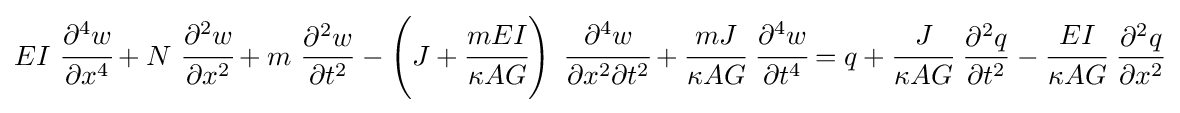
EI~{\cfrac {\partial ^{4}w}{\partial x^{4}}}+N~{\cfrac {\partial ^{2}w}{\partial x^{2}}}+m~{\frac {\partial ^{2}w}{\partial t^{2}}}-\left(J+{\cfrac {mEI}{\kappa AG}}\right)~{\cfrac {\partial ^{4}w}{\partial x^{2}\partial t^{2}}}+{\cfrac {mJ}{\kappa AG}}~{\cfrac {\partial ^{4}w}{\partial t^{4}}}=q+{\cfrac {J}{\kappa AG}}~{\frac {\partial ^{2}q}{\partial t^{2}}}-{\cfrac {EI}{\kappa AG}}~{\frac {\partial ^{2}q}{\partial x^{2}}}